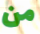
من